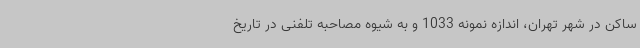
ساکن در شهر تهران، اندازه نمونه 1033 و به شیوه مصاحبه تلفنی در تاریخ